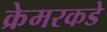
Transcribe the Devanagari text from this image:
क्रेमरकडे